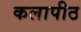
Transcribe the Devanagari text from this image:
कलापीठ